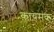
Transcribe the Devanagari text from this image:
कायमक